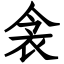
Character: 衾